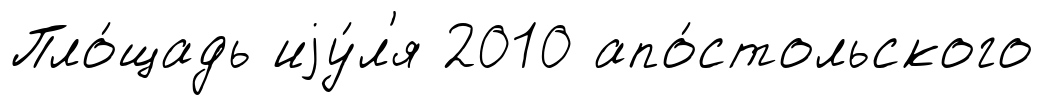
Пло́щадь иjу́л'я 2010 апо́стольского